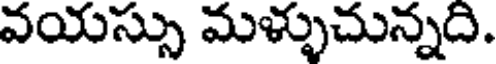
వయస్సు మళ్ళుచున్నది.